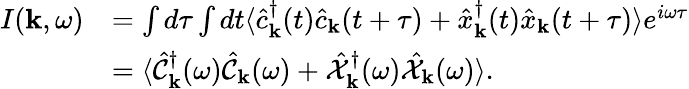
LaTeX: \begin{array}{rl}{I({\mathbf k},\omega)}&{=\int d\tau\int dt\langle\hat{c}_{\mathbf k}^{\dagger}(t)\hat{c}_{\mathbf k}(t+\tau)+\hat{x}_{\mathbf k}^{\dagger}(t)\hat{x}_{\mathbf k}(t+\tau)\rangle e^{i\omega\tau}}\\ &{=\langle\hat{\mathcal{C}}_{\mathbf k}^{\dagger}(\omega)\hat{\mathcal{C}}_{\mathbf k}(\omega)+\hat{\mathcal{X}}_{\mathbf k}^{\dagger}(\omega)\hat{\mathcal{X}}_{\mathbf k}(\omega)\rangle.}\end{array}